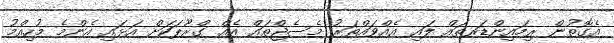
އެގޮތުން ރިމައިންޑަރތައް ލައި އެއްވައްތަރު މެސެޖްތައް އެއް ގްރޫޕަކަށް އަޅައި އެންމެ މުހިއްމު